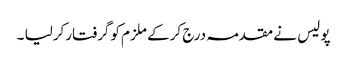
پو لیس نے مقدمہ درج کرکے ملزم کوگرفتارکرلیا ۔